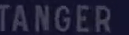
TANGER